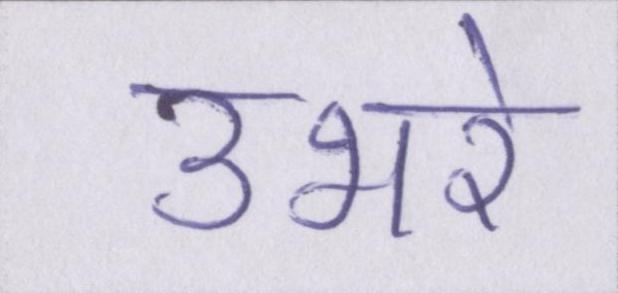
उभरे